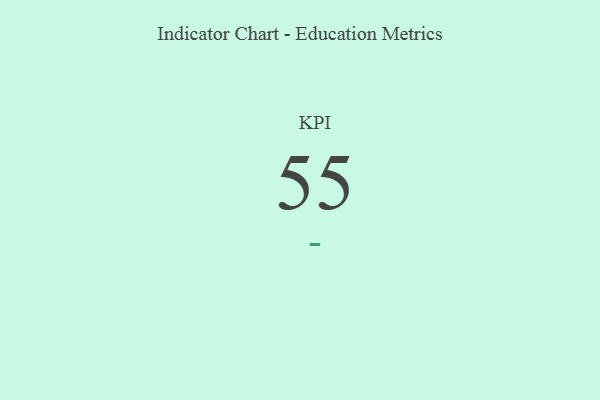
{"axis": {"x": "KPI", "y": "Value"}, "legend": [""], "data": [{"x": "KPI", "y": 55, "type": ""}]}